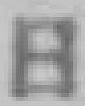
日